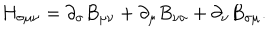
H _ { \sigma \mu \nu } = \partial _ { \sigma } B _ { \mu \nu } + \partial _ { \mu } B _ { \nu \sigma } + \partial _ { \nu } B _ { \sigma \mu } .